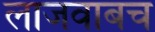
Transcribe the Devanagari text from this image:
लाजवाबच